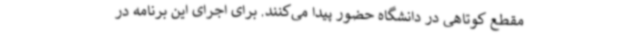
مقطع کوتاهی در دانشگاه حضور پیدا می‌کنند. برای اجرای این برنامه در